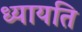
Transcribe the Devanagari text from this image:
ध्यायति